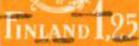
FINLAND 1,25